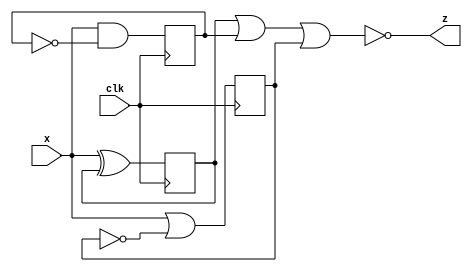
module top_module (
    input clk,
    input x,
    output z
); 

    wire D0, D1, D2;
    reg	Q0, Q1, Q2;
    assign	D0 = x^Q0;
    assign	D1 = x&(~Q1);
    assign	D2 = x|(~Q2);
    always@(posedge clk)  begin
       	Q0 <= D0;
        Q1 <= D1;
        Q2 <= D2;
    end
    assign	z = ~(Q0|Q1|Q2);
    
endmodule